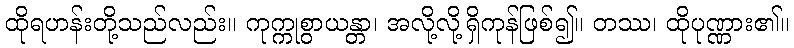
ထိုရဟန်းတို့သည်လည်း။ ကုက္ကုစွာယန္တာ၊ အလို့လို့ရှိကုန်ဖြစ်၍။ တဿ၊ ထိုပုဏ္ဏား၏။